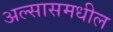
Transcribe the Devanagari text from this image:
अल्सासमधील